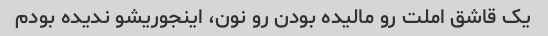
یک قاشق املت رو مالیده بودن رو نون، اینجوریشو ندیده بودم